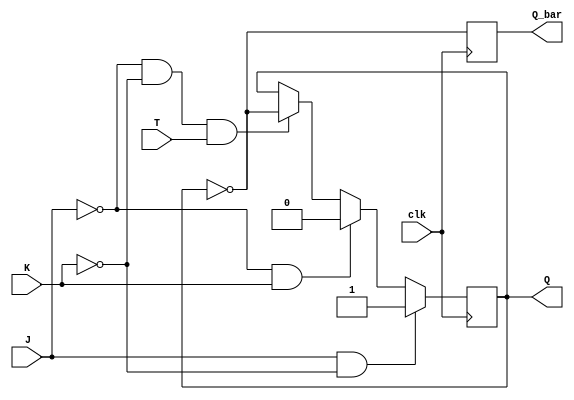
module T_flip_flop (
    input J, K, T, clk,
    output reg Q, Q_bar
);

always @(posedge clk) begin
    if (J == 1 && K == 0) begin
        Q <= 1;
    end else if (J == 0 && K == 1) begin
        Q <= 0;
    end else if (J == 0 && K == 0 && T == 1) begin
        Q <= ~Q;
    end
    Q_bar <= ~Q;
end

endmodule